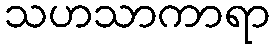
သဟသာကာရာ